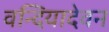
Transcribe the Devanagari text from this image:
वन्दियादेवन